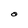
Character: O